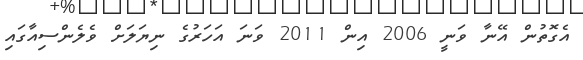
އެގޮތުން އޭނާ ވަނީ 2006 އިން 2011 ވަނަ އަހަރުގެ ނިޔަލަށް ވެލެންސިއާގައި